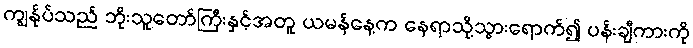
ကျွန်ုပ်သည် ဘိုးသူတော်ကြီးနှင့်အတူ ယမန်နေ့က နေရာသို့သွားရောက်၍ ပန်းချီကားကို